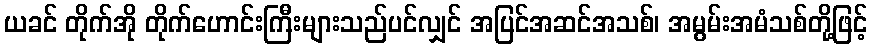
ယခင် တိုက်အို တိုက်ဟောင်းကြီးများသည်ပင်လျှင် အပြင်အဆင်အသစ်၊ အမွမ်းအမံသစ်တို့ဖြင့်